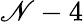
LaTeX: \mathscr{N}-4